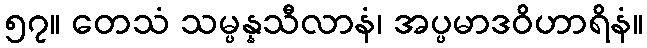
၅၇။ တေသံ သမ္ပန္နသီလာနံ၊ အပ္ပမာဒဝိဟာရိနံ။